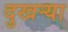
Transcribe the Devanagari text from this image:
दुखर्‍या